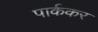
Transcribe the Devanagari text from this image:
पार्ककर